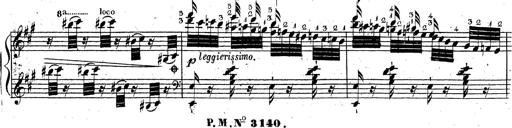
Title: Grande fantaisie sur la tyrolienne de l'opÃ©ra
Composer: Franz Liszt
Key: A major